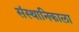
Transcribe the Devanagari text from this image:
संस्थानिकाला